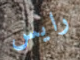
رايس